Eesti_Rahvusfond, lk 47
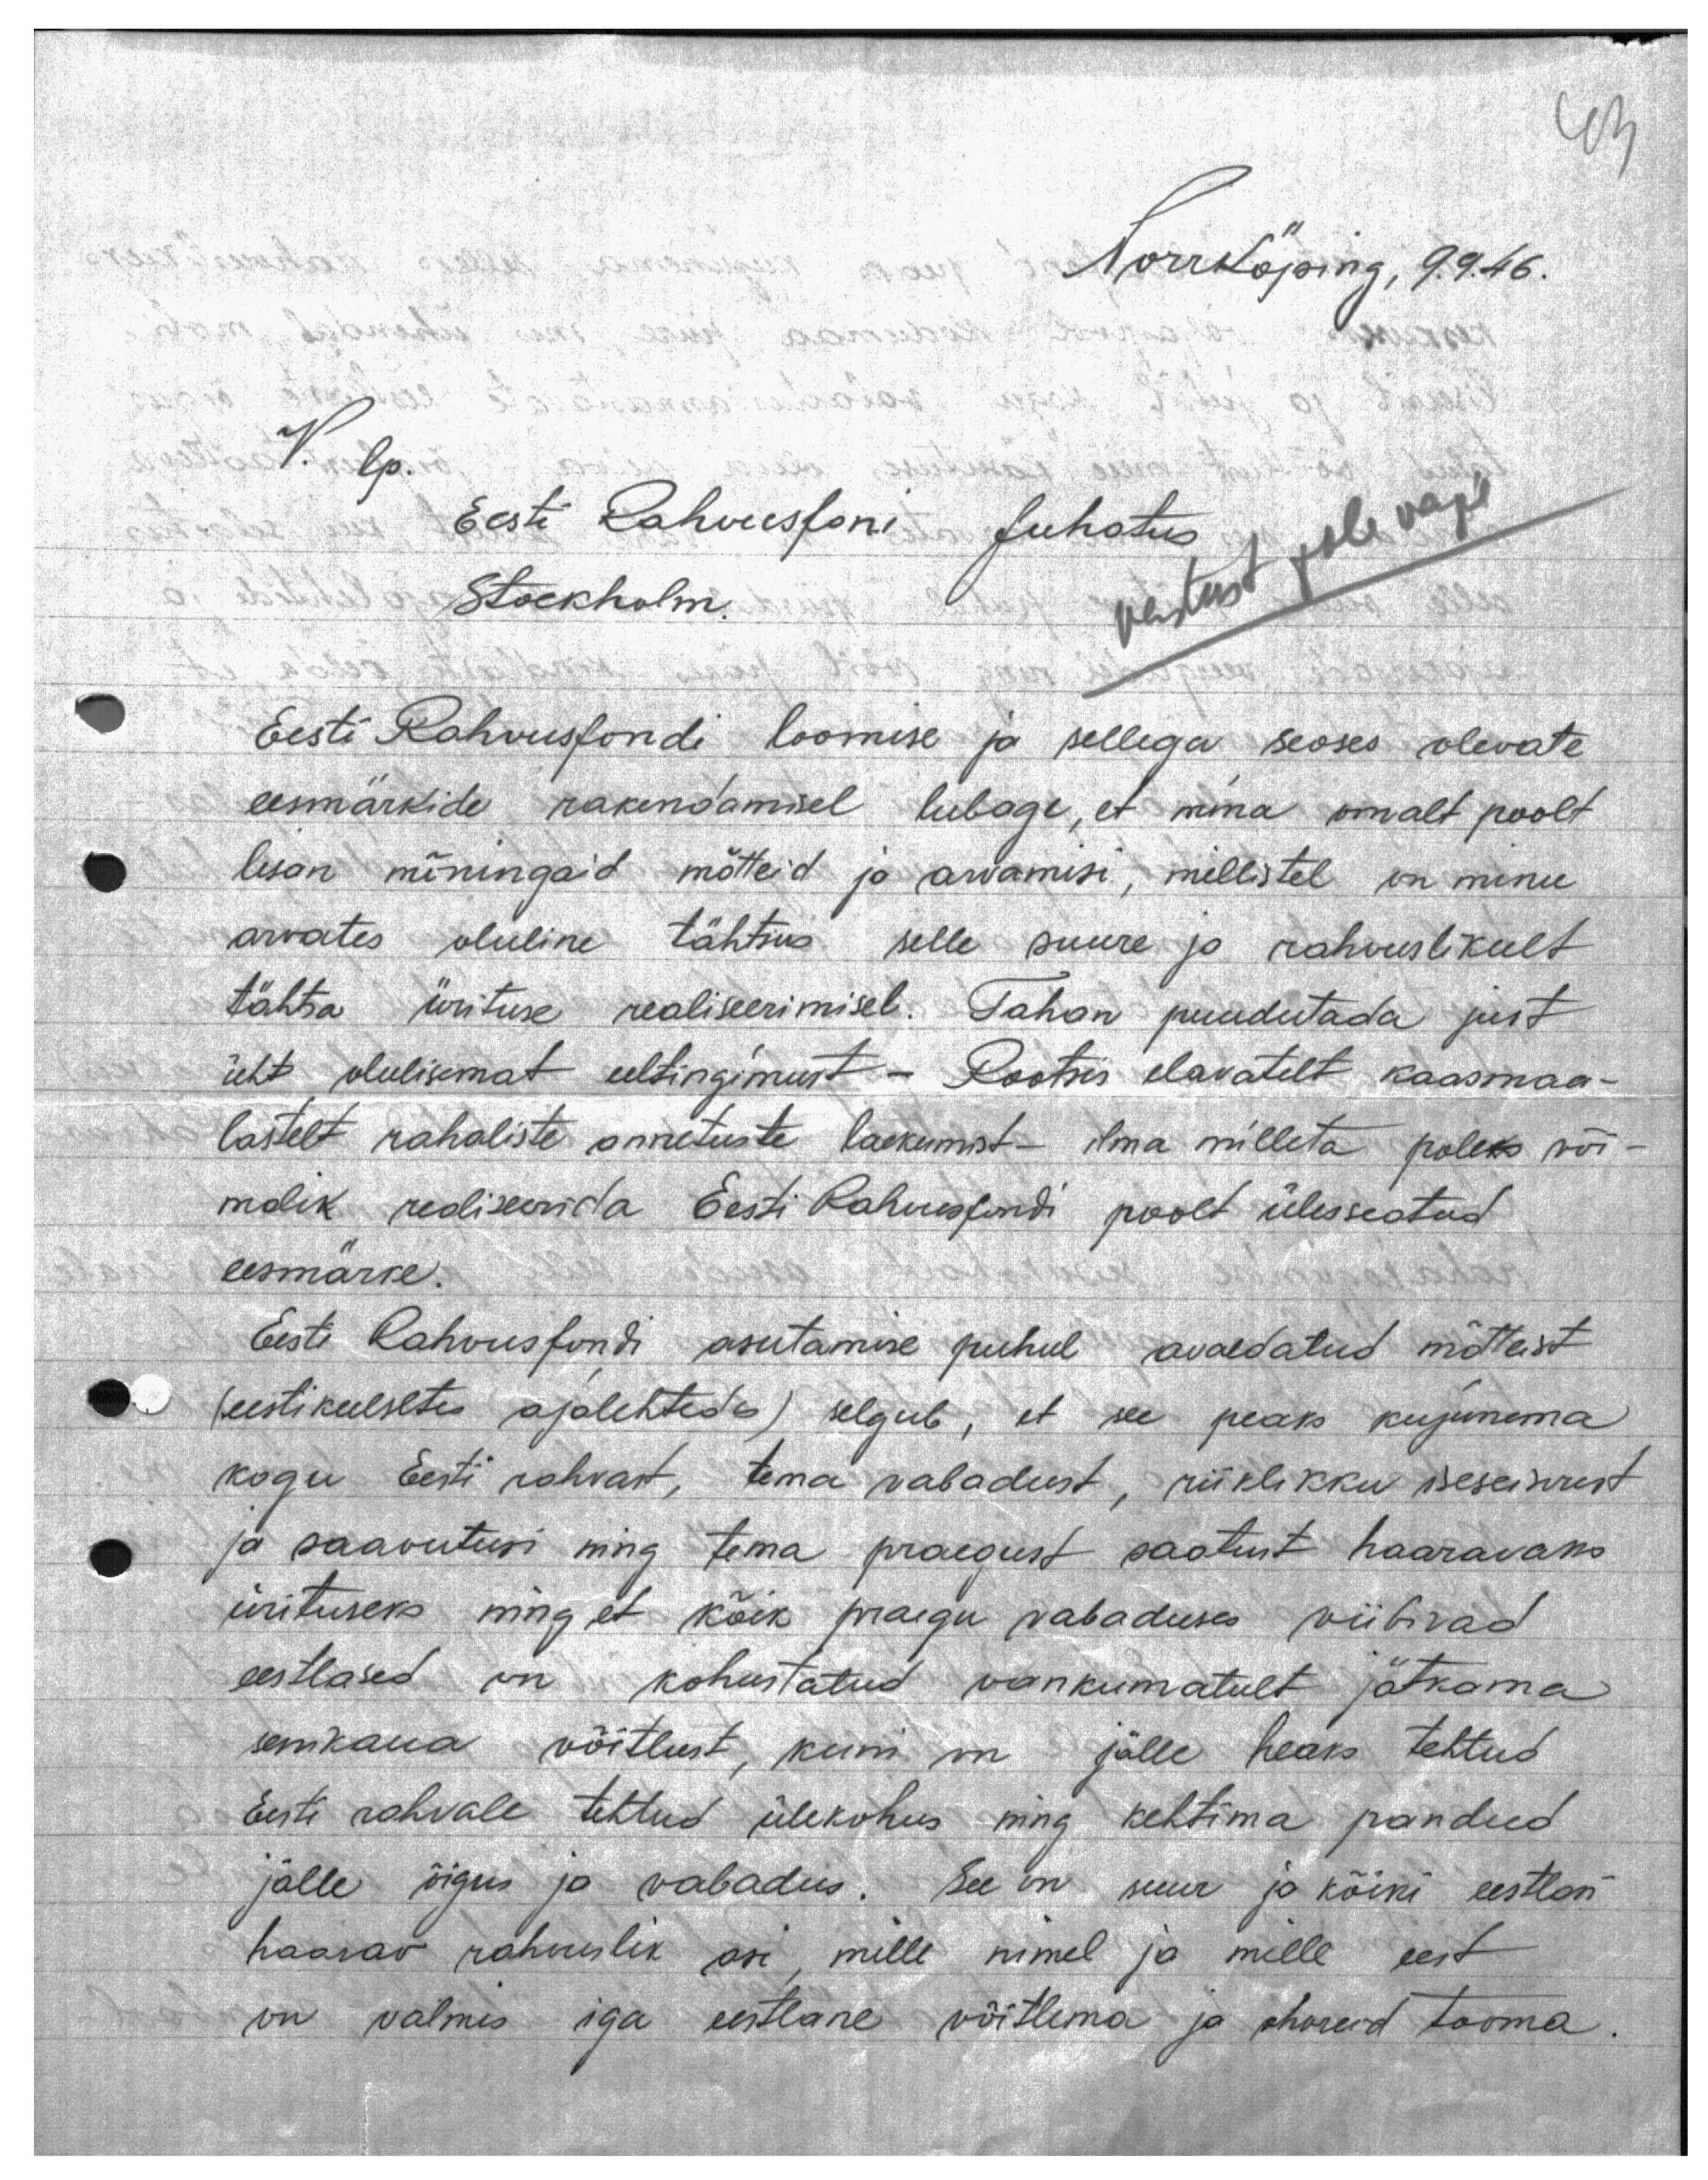
43

Norrköping, 9.9.46.

V. lp.
Eesti Rahvusfoni Juhatus
Stockholm.
Vastust pole vaja
Eesti Rahvusfondi loomise ja sellega seoses olevate
eesmärkide rakendamisel lubage, et mina omalt poolt
lisan mõningaid mõtteid ja arvamisi, millistel on minu
arvates oluline tähtus selle suure ja rahvuslikult
tähtsa ürituse realiseerimisel. Tahan puudutada just
üht olulisemat eeltingimust - Rootsis elavatelt kaasmaa-
lastelt rahaliste annetuste laekumist - ilma milleta poleks või-
malik realiseerida Eesti Rahvusfondi poolt ülesseatud
eesmärke.
Eesti Rahvusfondi asutamise puhul avaldatud mõtteist
(eestikeelsetes ajalehtedes) selgub, et see peaks kujunema
kogu Eesti rahvast, tema vabadust, riiklikku iseseisvust
ja saavutusi ning tema praegust saatust haaravaks
ürituseks ning, et kõik praegu vabaduses viibivad
eestlased on kohustatud vankumatult jätkama
senikaua võitlust, kuni on jälle heaks tehtud
Eesti rahvale tehtud ülekohus ning kehtima pandud
jälle õigus ja vabadus. See on suur ja kõiki eestlasi
haarav rahvuslik asi, mille nimel ja mille eest
on valmis iga eestlane võitlema ja ohvreid tooma